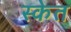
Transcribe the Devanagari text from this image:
स्केत